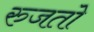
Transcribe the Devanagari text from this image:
रुजतो